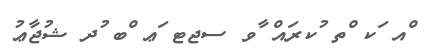
ްއ ަކ ްތ ުކރައް ާވ ސޖޓ ަޢ ްބ ުދ ޝުޖާޢު